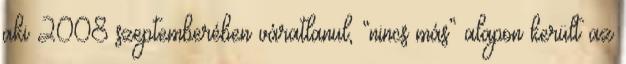
aki 2008 szeptemberében váratlanul, “nincs más” alapon került az